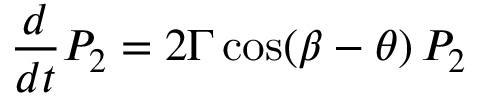
{ \frac { d } { d t } } P _ { 2 } = 2 \Gamma \, \mathrm { c o s } ( \beta - \theta ) \, P _ { 2 }